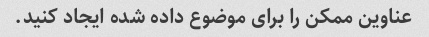
عناوین ممکن را برای موضوع داده شده ایجاد کنید.